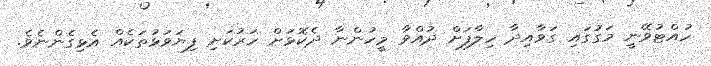
ހުއްޓުވޭނީ މަގުގައި ގަވާއިދާ ހިލާފަށް ދުއްވާ މީހުންނާ ދެކޮޅަށް ހަރުކަށި ފިޔަވަޅުތަކެއް އެޅިގެންނެވެ.